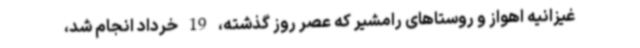
غیزانیه اهواز و روستاهای رامشیر که عصر روز گذشته، 19 خرداد انجام شد،